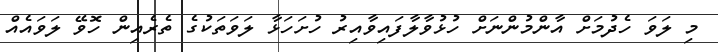
މި ލަވަ ހެދުމަށް އާންމުންނަށް ހުޅުވާލާފައިވާއިރު ހުށަހަޅާ ލަވަތަކުގެ ތެރެއިން ހޮވޭ ލަވައެއް